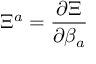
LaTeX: \Xi ^ { a } = \frac { \partial \Xi } { \partial \beta _ { a } }